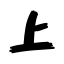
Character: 上